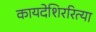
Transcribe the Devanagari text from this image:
कायदेशिररित्या